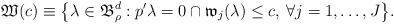
LaTeX: \begin{align*}\mathfrak W(c)\equiv \big\{ \lambda\in \mathfrak B^d_\rho: p^\prime \lambda = 0 \cap \mathfrak w_{j}(\lambda)\le c, \: \forall j=1,\dots,J\big\} .\end{align*}